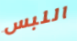
اللبس